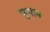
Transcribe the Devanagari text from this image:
चुमान